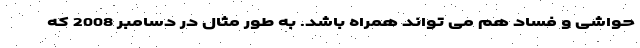
حواشی و فساد هم می تواند همراه باشد. به طور مثال در دسامبر 2008 که